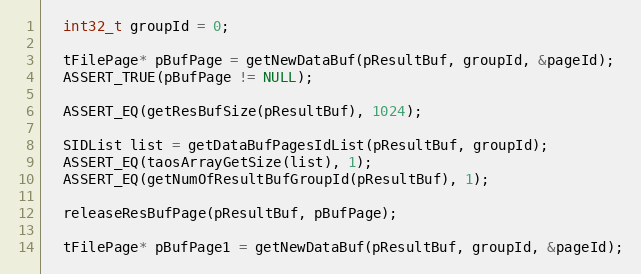
Language: C++
  int32_t groupId = 0;

  tFilePage* pBufPage = getNewDataBuf(pResultBuf, groupId, &pageId);
  ASSERT_TRUE(pBufPage != NULL);

  ASSERT_EQ(getResBufSize(pResultBuf), 1024);

  SIDList list = getDataBufPagesIdList(pResultBuf, groupId);
  ASSERT_EQ(taosArrayGetSize(list), 1);
  ASSERT_EQ(getNumOfResultBufGroupId(pResultBuf), 1);

  releaseResBufPage(pResultBuf, pBufPage);

  tFilePage* pBufPage1 = getNewDataBuf(pResultBuf, groupId, &pageId);